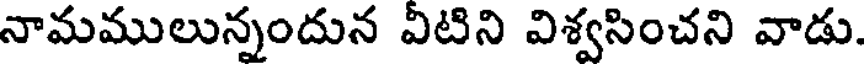
నామములున్నందున విటిని విశ్వసించని వాడు.